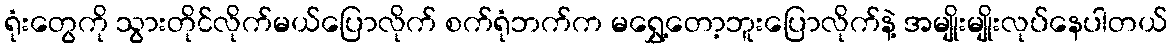
ရုံးတွေကို သွားတိုင်လိုက်မယ်ပြောလိုက် စက်ရုံဘက်က မရွှေ့တော့ဘူးပြောလိုက်နဲ့ အမျိုးမျိုးလုပ်နေပါတယ်